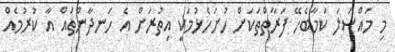
މި މައްސަލަ ކަމާބެހޭ ފަރާތްތަކަށް ހުށަހެޅުމަކީ އިތުރަށް އެ ހަނދާންތައް އާ ކުރުމެއް